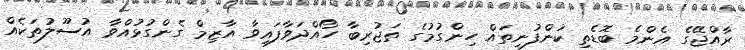
ރާއްޖޭގެ އެންމެ ބޮޑެތި ކުންފުނިތައް ހިންގުމުގެ ތަޖުރިބާ ހޯއްދަވާފައިވާ އާޒިމް ގެންގުޅުއްވާ އުސޫލުތަކެއް